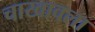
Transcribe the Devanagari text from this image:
चाखावला